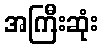
အကြီးဆုံး